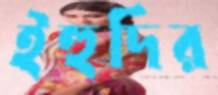
ইহুদির